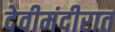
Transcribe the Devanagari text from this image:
देवीमंदीरात